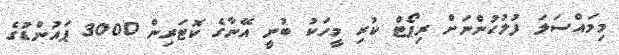
މިމައްސަލަ ފުލުހުންނަށް ރިޕޯޓް ކުރި މީހަކު ބުނީ އޭނާގެ ކޮޓަރިން 3000 ޕައުންޑުގެ